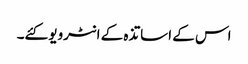
اس کے اساتذہ کے انٹرویو کئے۔